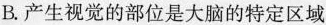
B.产生视觉的部位是大脑的特定区域